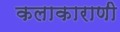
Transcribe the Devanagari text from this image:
कलाकाराणी